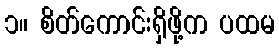
၁။ စိတ်ကောင်းရှိဖို့က ပထမ